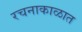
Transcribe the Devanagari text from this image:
रचनाकाळात